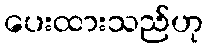
ပေးထားသည်ဟု